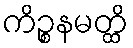
ကိဉ္စနမတ္ထိ